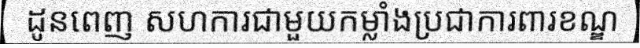
ដូនពេញ សហការជាមួយកម្លាំងប្រជាការពារខណ្ឌ